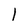
Character: l